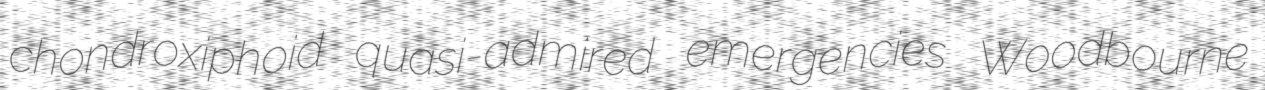
chondroxiphoid quasi-admired emergencies Woodbourne